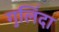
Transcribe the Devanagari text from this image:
गुलिंदा